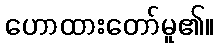
ဟောထားတော်မူ၏။